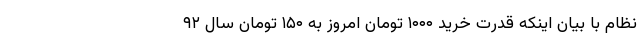
نظام با بیان اینکه قدرت خرید ۱۰۰۰ تومان امروز به ۱۵۰ تومان سال ۹۲